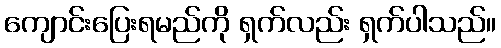
ကျောင်းပြေးရမည်ကို ရှက်လည်း ရှက်ပါသည်။